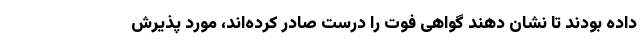
داده بودند تا نشان دهند گواهی فوت را درست صادر کرده‌اند، مورد پذیرش